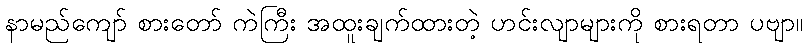
နာမည်ကျော် စားတော် ကဲကြီး အထူးချက်ထားတဲ့ ဟင်းလျာများကို စားရတာ ပဗျာ။